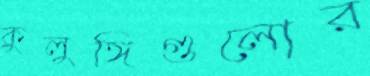
কুলুঙ্গিগুলোর